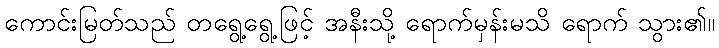
ကောင်းမြတ်သည် တရွေ့ရွေ့ဖြင့် အနီးသို့ ရောက်မှန်းမသိ ရောက် သွား၏။